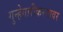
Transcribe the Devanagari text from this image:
गुन्हेगारीकरनावर